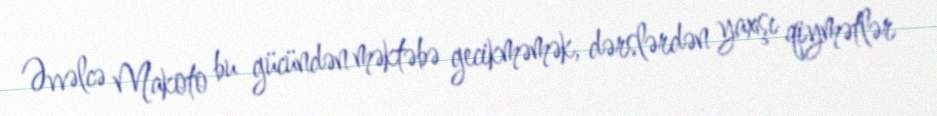
Əvvəlcə Makoto bu gücündən məktəbə gecikməmək, dərslərdən yaxşı qiymətlər